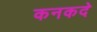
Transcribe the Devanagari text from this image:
कनकदे